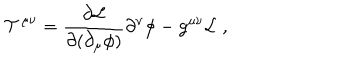
{ \cal T } ^ { \mu \nu } = \frac { \partial { \cal L } } { \partial ( \partial _ { \mu } \phi ) } \partial ^ { \nu } \phi - g ^ { \mu \nu } { \cal L } \; ,